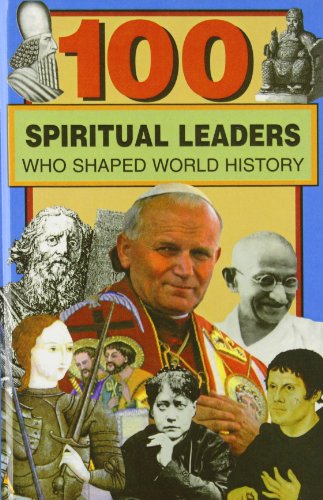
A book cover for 100 Spiritual Leaders Who Shaped World History (100 Series); Samuel Willard Crompton; Teen & Young Adult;